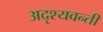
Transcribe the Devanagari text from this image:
अदृश्यवन्ती